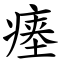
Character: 瘗